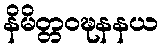
နိမိတ္တဝဍ္ဎနနယ